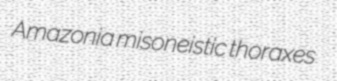
Amazonia misoneistic thoraxes